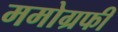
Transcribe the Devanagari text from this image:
ममोग्रफी